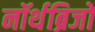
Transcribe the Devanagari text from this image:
नॉर्थब्रिजों